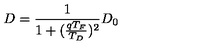
D = \frac { 1 } { 1 + ( \frac { q T _ { F } } { T _ { D } } ) ^ { 2 } } D _ { 0 }